Dysentery and liver abscess in Bombay - Number 47
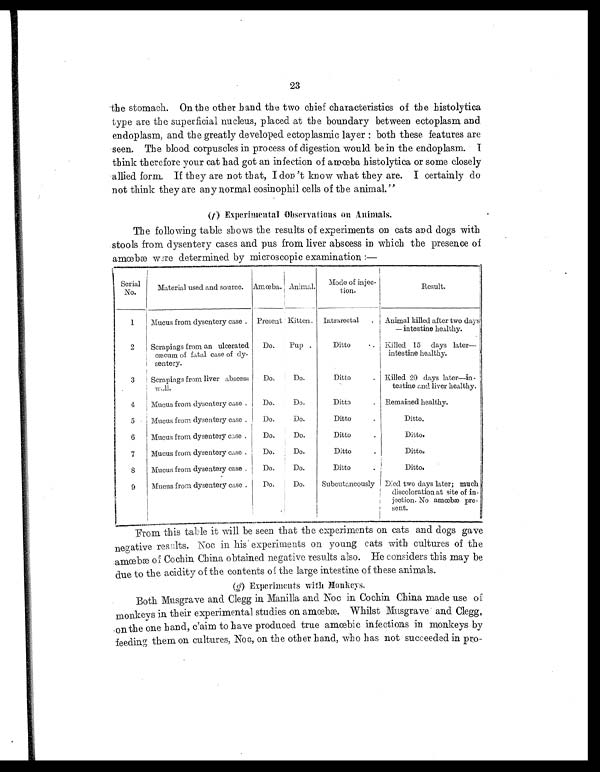
23
the stomach. On the other hand the two chief characteristics of the histolytica
type are the superficial nucleus, placed at the boundary between ectoplasm and
endoplasm, and the greatly developed ectoplasmic layer : both these features are
seen. The blood corpuscles in process of digestion would be in the endoplasm. I
think therefore your cat had got an infection of amœba histolytica or some closely
allied form. If they are not that, I don't know what they are. I certainly do
not think they are any normal eosinophil cells of the animal."
(f ) Experimental Observations on Animals.
The following table shows the results of experiments on cats and dogs with
stools from dysentery cases and pus from liver abscess in which the presence of
araœbæ were determined by microscopic examination :—
Serial
No.
Material used and source. Amœba. Animal.
Mode of injec-
tion.
Result.
1
Mucus from dysentery case . Present Kitten . Intrarectal
. Animal killed after two days
— intestine healthy.
2
Scrapings from an ulcerated
cæcum of fatal case of dy-
sentery.
Do.
Pup .
Ditto
.
Killed 15 days later—
intestine healthy.
3
Scrapings from liver abscess
wall.
Do.
Do.
Ditto
. Killed 20 days later—in-
testine and liver healthy.
4
Mucus from dysentery case .
Do.
Do.
Ditto
. Remained healthy.
5
Mucus from dysentery case .
Do.
Do.
Di t t o
.
Ditto.
6
Mucus from dysentery case .
Do.
Do.
Di t t o
.
D i t t o .
7
Mucus from dysentery case .
Do.
Do.
D i t t o
.
Ditto.
8
Mucus from dysentery case .
Do.
Do.
Di t t o
.
Ditto.
9 Mucus from dysentery case .
Do.
Do.
Subcutaneously Died two days later; much
discoloration at site of in-
jection. No amœbæ pre-
sent.
From this table it will be seen that the experiments on cats and dogs gave
negative results. Noc in his experiments on young cats with cultures of the
amœbæ of Cochin China obtained negative results also. He considers this may be
due to the acidity of the contents o f the large intestine of these animals.
(g) Experiments with Monkeys.
Both Musgrave and Clegg in Manilla and Noc in Cochin China made use of
monkeys in their experimental studies on amœbæ. Whilst Musgrave and Clegg,
on the one hand, claim to have produced true amœbic infections in monkeys by
feeding them on cultures, Noc, on the other hand, who has not succeeded in pro-